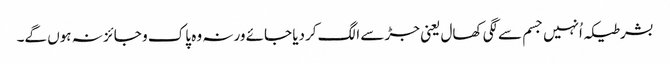
بشرطیکہ اُنہیں جسم سےلگی کھال یعنی جڑ سے الگ کردیا جائے ورنہ وہ پاک و جائز نہ ہوں گے۔